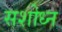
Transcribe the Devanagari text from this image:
सशोध्न